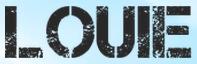
LOUIE